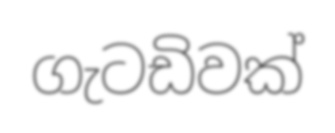
ගැටඩිවක්